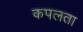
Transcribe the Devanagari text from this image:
कपलता